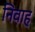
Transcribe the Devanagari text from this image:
निवाह